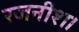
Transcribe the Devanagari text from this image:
रजनीश।